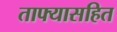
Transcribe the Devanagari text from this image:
ताफ्यासहित